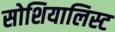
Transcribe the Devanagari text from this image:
सोशियालिस्ट